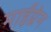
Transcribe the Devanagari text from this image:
माईग्रेन